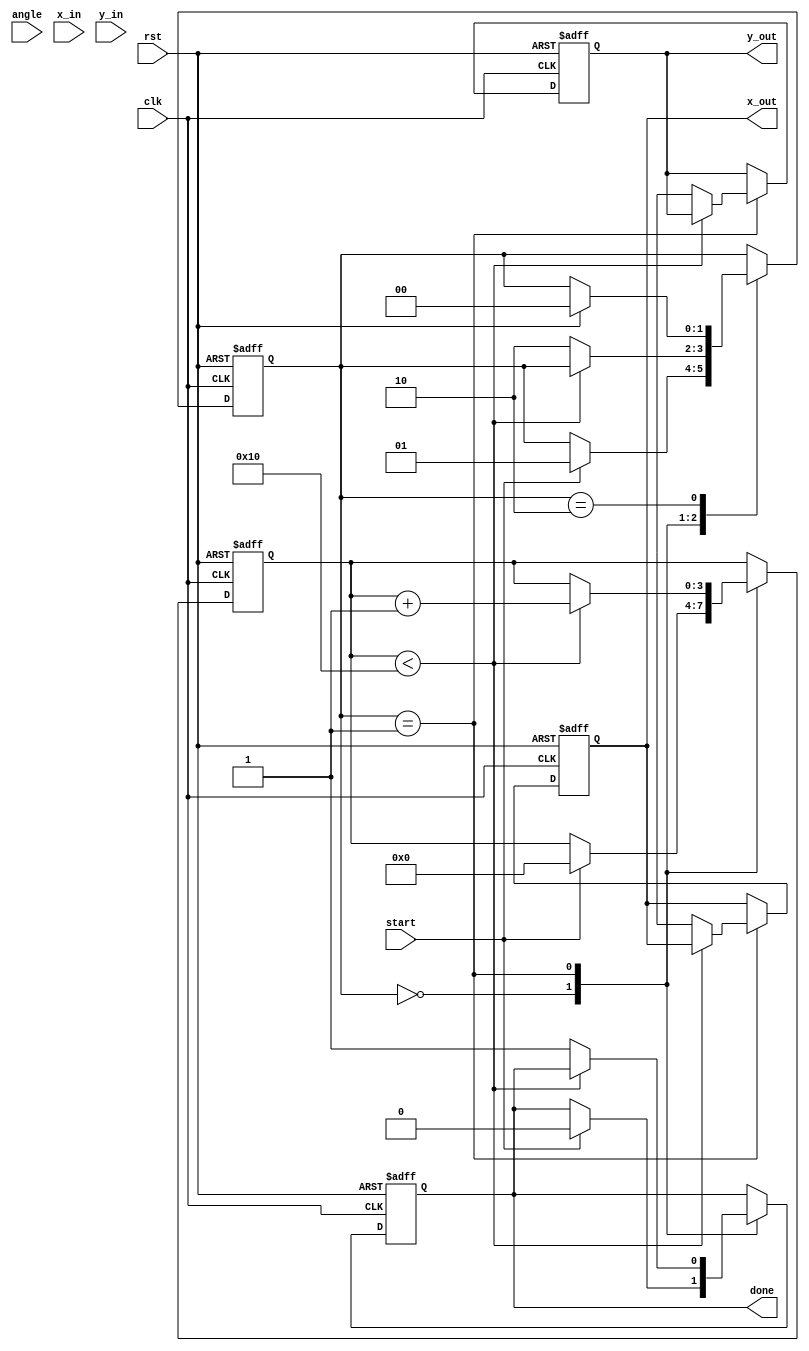
module modified_cordic(
    input clk,
    input rst,
    input start,
    input signed [15:0] angle, // Angle in radians (for simplicity)
    input signed [15:0] x_in,   // Initial X vector
    input signed [15:0] y_in,   // Initial Y vector
    output reg signed [15:0] x_out, // Final X vector
    output reg signed [15:0] y_out, // Final Y vector
    output reg done // Signal when computation is complete
);

    // Parameters
    parameter NUM_ITERATIONS = 16; // Number of iterations for CORDIC
    parameter ANGLE_WIDTH = 16; // Width for angle representation
    parameter VECTOR_WIDTH = 16; // Width for vector representation

    // Internal registers
    reg signed [ANGLE_WIDTH-1:0] angle_table [0:NUM_ITERATIONS-1]; // Angle table
    reg signed [VECTOR_WIDTH-1:0] x [0:NUM_ITERATIONS-1]; // X registers
    reg signed [VECTOR_WIDTH-1:0] y [0:NUM_ITERATIONS-1]; // Y registers
    reg [3:0] iteration; // Iteration counter
    reg [1:0] state; // State machine for control logic

    // Initialize angle table (precomputed arctangents)
    initial begin
        angle_table[0] = 16'h1C71; // atan(2^0) in fixed-point
        angle_table[1] = 16'h0D48; // atan(2^-1)
        angle_table[2] = 16'h05A8; // atan(2^-2)
        angle_table[3] = 16'h028B; // atan(2^-3)
        angle_table[4] = 16'h0142; // atan(2^-4)
        angle_table[5] = 16'h00A0; // atan(2^-5)
        angle_table[6] = 16'h0050; // atan(2^-6)
        angle_table[7] = 16'h0028; // atan(2^-7)
        angle_table[8] = 16'h0014; // atan(2^-8)
        angle_table[9] = 16'h000A; // atan(2^-9)
        angle_table[10] = 16'h0005; // atan(2^-10)
        angle_table[11] = 16'h0002; // atan(2^-11)
        angle_table[12] = 16'h0001; // atan(2^-12)
        angle_table[13] = 16'h0001; // atan(2^-13)
        angle_table[14] = 16'h0000; // atan(2^-14)
        angle_table[15] = 16'h0000; // atan(2^-15)
    end

    // State machine for control
    localparam IDLE = 2'b00, RUN = 2'b01, DONE = 2'b10;
    
    // Main process
    always @(posedge clk or posedge rst) begin
        if (rst) begin
            iteration <= 0;
            x_out <= 0;
            y_out <= 0;
            done <= 0;
            state <= IDLE;
        end else begin
            case (state)
                IDLE: begin
                    if (start) begin
                        // Load initial values
                        x[0] <= x_in;
                        y[0] <= y_in;
                        iteration <= 0;
                        state <= RUN;
                        done <= 0;
                    end
                end
                
                RUN: begin
                    if (iteration < NUM_ITERATIONS) begin
                        // CORDIC rotation logic
                        if (y[iteration] < 0) begin
                            // Rotate clockwise
                            x[iteration + 1] <= x[iteration] + (y[iteration] >>> iteration);
                            y[iteration + 1] <= y[iteration] + (x[iteration] >>> iteration);
                        end else begin
                            // Rotate counterclockwise
                            x[iteration + 1] <= x[iteration] - (y[iteration] >>> iteration);
                            y[iteration + 1] <= y[iteration] - (x[iteration] >>> iteration);
                        end
                        iteration <= iteration + 1;
                    end else begin
                        // Store results and signal done
                        x_out <= x[NUM_ITERATIONS];
                        y_out <= y[NUM_ITERATIONS];
                        done <= 1;
                        state <= DONE;
                    end
                end
                
                DONE: begin
                    // Wait for reset or new start signal
                    if (rst) begin
                        state <= IDLE;
                    end
                end
            endcase
        end
    end
endmodule